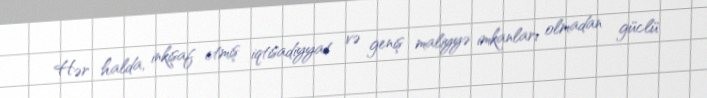
Hər halda, inkişaf etmiş iqtisadiyyat və geniş maliyyə imkanları olmadan güclü